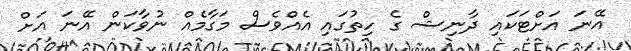
އޭނަ އަށްޓަކައި ދާނިޝް ގެ ހިތުގައި އެއްވެސް މަގާމެއް ނުވާކަން އޭނަ އަށް